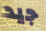
جيد